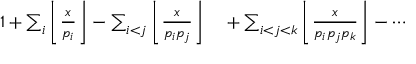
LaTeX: \begin{array} { r l } { 1 + \sum _ { i } \left\lfloor { \frac { x } { p _ { i } } } \right\rfloor - \sum _ { i < j } \left\lfloor { \frac { x } { p _ { i } p _ { j } } } \right\rfloor } & { { } + \sum _ { i < j < k } \left\lfloor { \frac { x } { p _ { i } p _ { j } p _ { k } } } \right\rfloor - \cdots } \end{array}